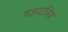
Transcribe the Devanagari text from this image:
षड़यांत्रिक